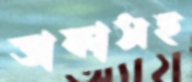
ডাকাসহ